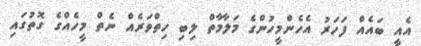
އެއީ ބައެއް ފަހަރު އެހެންމީހުންގެ މަލާމާތް ލިބި ހިތްވަރެއް ނެތް މީހެއްގެ ގޮތުގައި